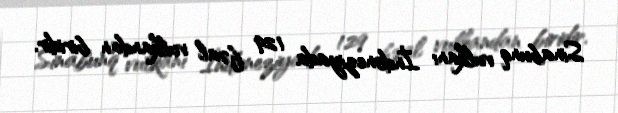
Sinabunq vulkanı İndoneziyada 129 fəal vulkandan biridir.